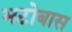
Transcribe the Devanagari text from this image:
भटोबास